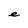
Character: e